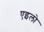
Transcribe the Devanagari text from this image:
एइलो